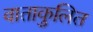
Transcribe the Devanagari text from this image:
वाताकुलित